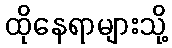
ထိုနေရာများသို့